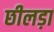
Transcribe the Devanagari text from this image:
छीलड़ा